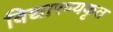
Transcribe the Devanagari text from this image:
विद्यारण्यकृत